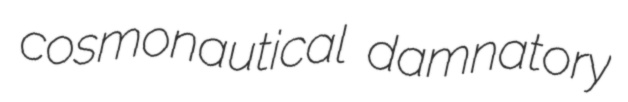
cosmonautical damnatory